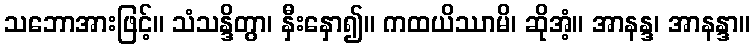
သဘောအားဖြင့်။ သံသန္ဒိတွာ၊ နှီးနှော၍။ ကထယိဿာမိ၊ ဆိုအံ့။ အာနန္ဒ၊ အာနန္ဒာ။